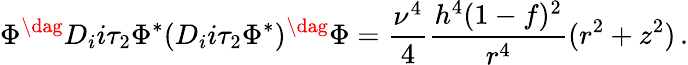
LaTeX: \Phi^{\dag}D_{i}i\tau_{2}\Phi^{*}(D_{i}i\tau_{2}\Phi^{*})^{\dag}\Phi=\frac{\nu^{4}}{4}\frac{h^{4}(1-f)^{2}}{r^{4}}(r^{2}+z^{2})\, .